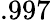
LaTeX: .997